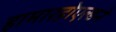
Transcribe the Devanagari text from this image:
हामारहोएल्डने